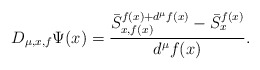
\begin{align*}D_{\mu,x,f}\Psi(x)= \frac{\mbox{$\bar{S}^{f(x) +d^{\mu}f(x)}_{x,f(x)}- \bar{S}^{f(x)}_{x}$}}{\mbox{$d^{\mu}f(x)$}}.\end{align*}